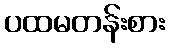
ပထမတန်းစား